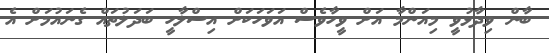
ބާން ވިދާޅުވީ މިއަންމާ އަށް ވީހާވެސް އަވަހަކަށް އިސްލާހީ ބަދަލުތައް ގެނައުމަށް އެ